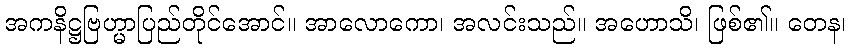
အကနိဋ္ဌဗြဟ္မာပြည်တိုင်အောင်။ အာလောကော၊ အလင်းသည်။ အဟောသိ၊ ဖြစ်၏။ တေန၊